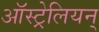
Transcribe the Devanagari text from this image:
ऑस्ट्रेलियन्